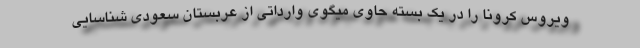
ویروس کرونا را در یک بسته حاوی میگوی وارداتی از عربستان سعودی شناسایی